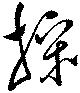
操